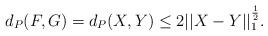
\begin{align*}d_P(F,G)=d_P(X,Y)\leq 2||X-Y||_1^{\frac12}.\end{align*}